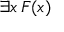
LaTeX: \exists x \, F ( x )